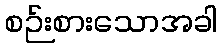
စဉ်းစားသောအခါ